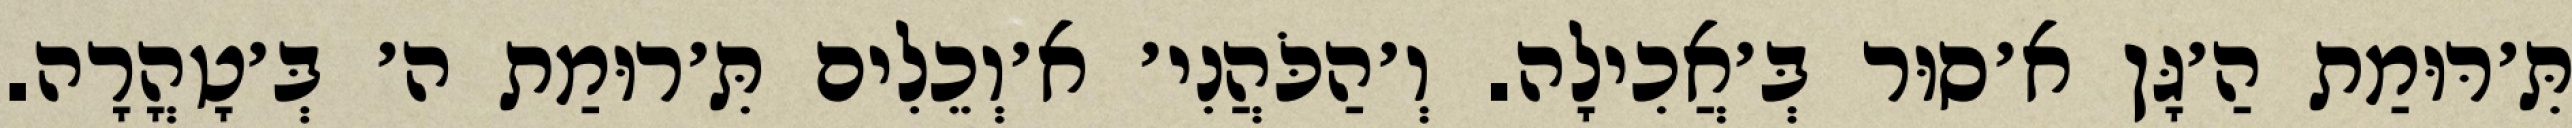
תִּ׳רּוּמַת הַ׳גָּן א׳סוּר בְּ׳אֲכִילָה. וְ׳הַכֹּהֲנִי׳ א׳וְכֵלִים תִּ׳רוּמַת ה׳ בְּ׳טָהֳרָה.